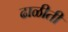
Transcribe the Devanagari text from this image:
ढाळीती